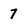
Character: 7